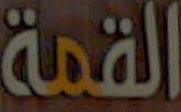
القمة